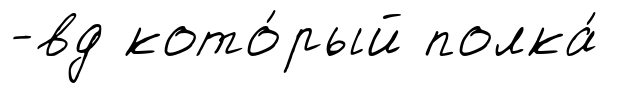
-вд кото́рый полка́